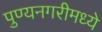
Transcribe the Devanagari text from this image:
पुण्यनगरीमध्ये